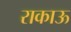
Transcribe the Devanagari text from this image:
राकाऊ